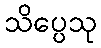
သိပ္ပေသု